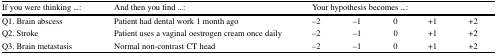
<table><thead><tr><td><b>If you were thinking ...:</b></td><td><b>And then you find ...:</b></td><td colspan="5"><b>Your hypothesis becomes ...:</b></td></tr></thead><tbody><tr><td>Q1. Brain abscess</td><td>Patient had dental work 1 month ago</td><td>−2</td><td>−1</td><td>0</td><td>+1</td><td>+2</td></tr><tr><td>Q2. Stroke</td><td>Patient uses a vaginal oestrogen cream once daily</td><td>−2</td><td>−1</td><td>0</td><td>+1</td><td>+2</td></tr><tr><td>Q3. Brain metastasis</td><td>Normal non-contrast CT head</td><td>−2</td><td>−1</td><td>0</td><td>+1</td><td>+2</td></tr></tbody></table>